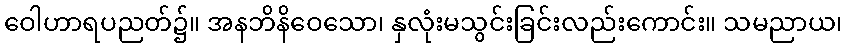
ဝေါဟာရပညတ်၌။ အနဘိနိဝေသော၊ နှလုံးမသွင်းခြင်းလည်းကောင်း။ သမညာယ၊